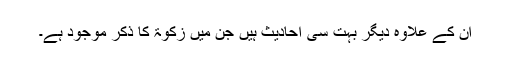
ان کے علاوہ دیگر بہت سی احادیث ہیں جن میں زکوٰۃ کا ذکر موجود ہے۔